Statistical return of the lunatic asylum in Assam - 1912-1932
Year: 1912
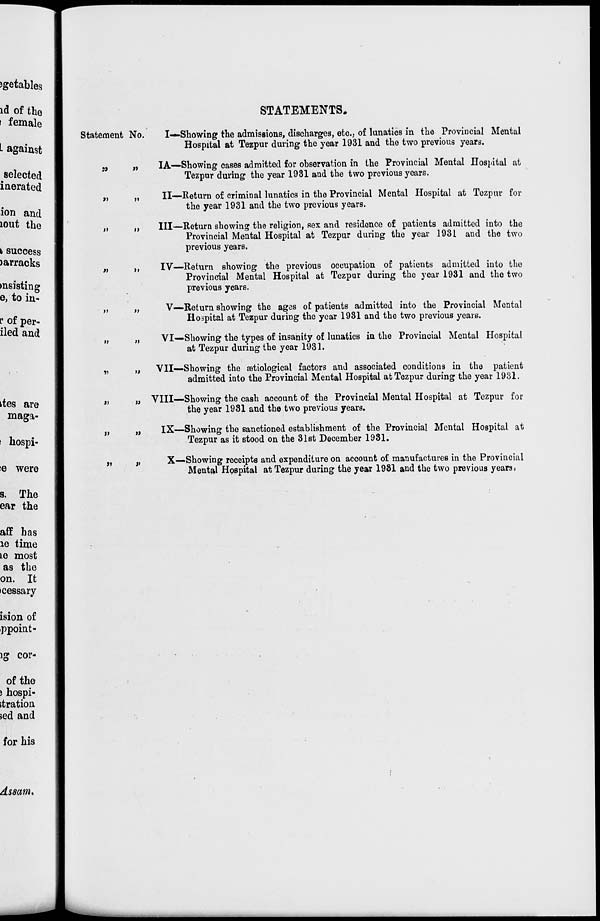
Statement No.
;>
»
II
»
»
»J
«
i)
s>
»»
«
>»
M
I)
»
M
»
M
»
»
STATEMENTS,
I—Showing the admissions, discharges, etc., of lunatics in the Provincial Mental
Hospital at Tezpur during the year 1931 and the two previous years.
IA—Showing cases admitted for observation in the Provincial Mental Hospital at
Tezpur during the year 1931 and the two previous years.
II—Return of criminal lunatics in the Provincial Mental Hospital at Tezpur for
the year 1931 and the two previous years.
Ill—Return showing the religion, sex and residence of patients admitted into the
Provincial Mental Hospital at Tezpur during the year 1931 and the two
previous years.
IV—Return showing the previous occupation of patients admitted into the
Provincial Mental Hospital at Tezpur during the year 1931 and the two
previous years.
V—Return showing the ages of patients admitted into the Provincial Mental
Hospital at Tezpur during the year 1931 and the two previous years.
VI—Showing the types of insanity of lunatics in the Provincial Mental Hospital
at Tezpur during the year 1931.
VII—Showing the setiological factors and associated conditions in the patient
admitted into the Provincial Mental Hospital at Tezpur during the year 1931.
VIII—Showing the cash account of the Provincial Mental Hospital at Tezpur for
the year 1931 and the two previous years.
IX—Showing the sanctioned establishment of the Provincial Mental Hospital at
Tezpur as it stood on the 31st December 1931.
X—Showing receipts and expenditure on account of manufactures in the Provincial
Mental Hospital at Tezpur during the year 1981 and the two previous years.